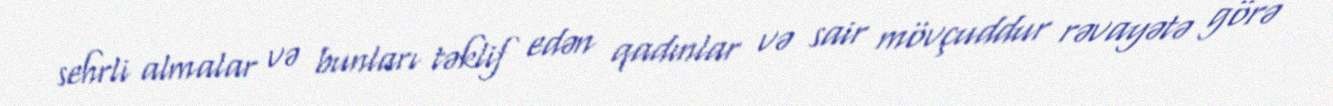
sehrli almalar və bunları təklif edən qadınlar və sair mövçuddur rəvayətə görə